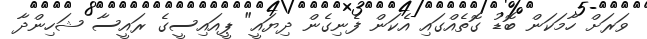
ވަރަށް ހާމަކަން ބޮޑު ގޮތެއްގައި އެކަން ފެނިގެން ދިޔައީ" ޕީއައިސީގެ ރައީސާ ޝަހިންދާ